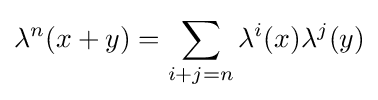
\lambda ^{n}(x+y)=\sum _{i+j=n}\lambda ^{i}(x)\lambda ^{j}(y)